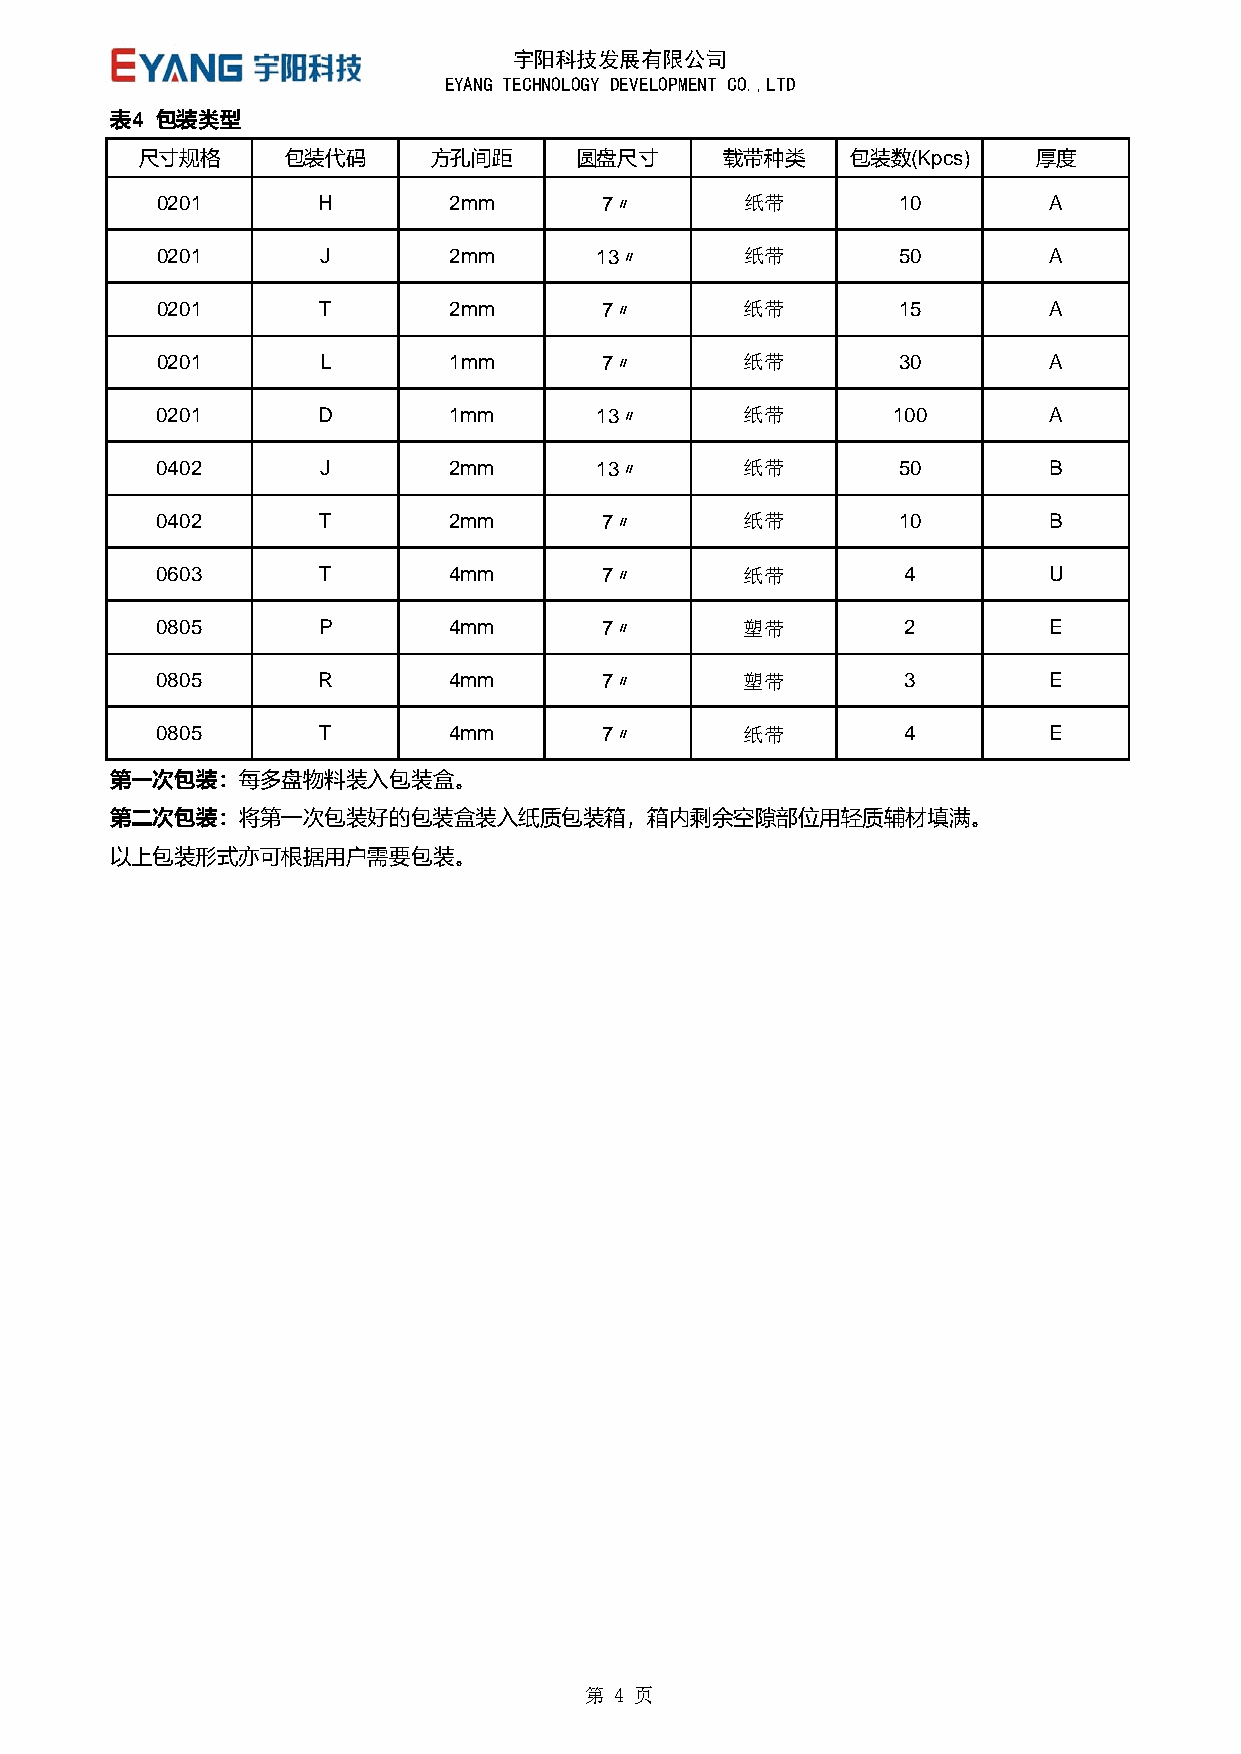
宇阳科技发展有限公司
 EYANG TECHNOLOGY DEVELOPMENT CO.,LTD
 表4 包装类型
 尺寸规格     包装代码      方孔间距      圆盘尺寸     载带种类     包装数(Kpcs)   厚度
 0201       H       2mm       7〃        纸带        10        A
 0201       J       2mm       13〃       纸带        50        A
 0201       T       2mm       7〃        纸带        15        A
 0201       L       1mm       7〃        纸带        30        A
 0201       D       1mm       13〃       纸带        100       A
 0402       J       2mm       13〃       纸带        50        B
 0402       T       2mm       7〃        纸带        10        B
 0603       T       4mm       7〃        纸带        4         U
 0805       P       4mm       7〃        塑带        2         E
 0805       R       4mm       7〃        塑带        3         E
 0805       T       4mm       7〃        纸带        4         E
 第一次包装：每多盘物料装入包装盒。
 第二次包装：将第一次包装好的包装盒装入纸质包装箱，箱内剩余空隙部位用轻质辅材填满。
 以上包装形式亦可根据用户需要包装。
 第 4 页